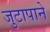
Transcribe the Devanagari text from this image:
जुटापाने